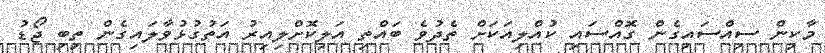
މާކިން ސިއްސައިގެން ގޮއްސައި ކުއްލިއަކަށް ތެދުވެ ބައްތި އަލިކޮށްލިއިރު އަތުގުޅުވާލައިގެން ތިބި ޖޯޑު